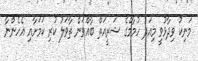
މަނިކު ވިދާޅުވީ މިއަދު ހުމާމްގެ ޝަރީއަތް ބާއްވަން ތާވަލު ކުރި ކަމަށާއި އެހެންނާ